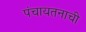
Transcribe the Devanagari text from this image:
पंचायतनाची